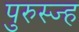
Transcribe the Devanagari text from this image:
पुरुस्ज्ह